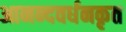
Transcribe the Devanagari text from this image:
आनन्दवर्धनकृत